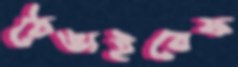
ঠেঙাইবেফ